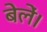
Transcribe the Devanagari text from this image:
बेलें।